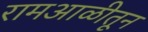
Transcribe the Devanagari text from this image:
रामआळीतून